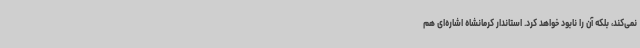
نمی‌کند، بلکه آن را نابود خواهد کرد. استاندار کرمانشاه اشاره‌ای هم